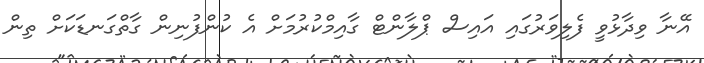
އޭނާ ވިދާޅުވީ ފެލިވަރުގައި އައިސް ޕްލާންޓް ގާއިމްކުރުމަށް އެ ކުންފުނިން ގާތްގަނޑަކަށް ތިން